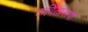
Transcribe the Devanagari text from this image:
कवितारूपी